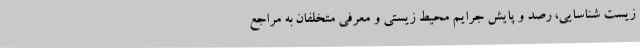
زیست شناسایی، رصد و پایش جرایم محیط زیستی و معرفی متخلفان به مراجع